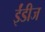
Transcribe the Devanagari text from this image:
ईंडीज